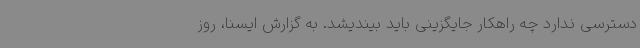
دسترسی ندارد چه راهکار جایگزینی باید بیندیشد. به گزارش ایسنا، روز